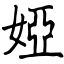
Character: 婭